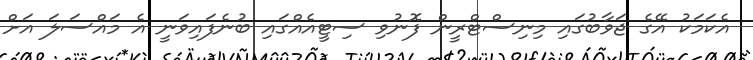
އެކަަމަކު އޭގެ ޖަވާބުގައި މިނިސްޓްރީން ފޮނުވި ސިޓީއެއްގައި ބުނެފައިވަނީ އެ މައްސަލަ އަށް